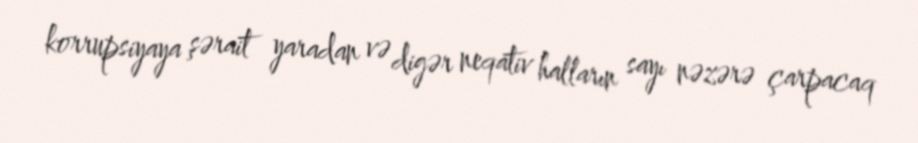
korrupsiyaya şərait yaradan və digər neqativ halların sayı nəzərə çarpacaq